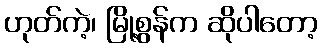
ဟုတ်ကဲ့၊ မြို့စွန်က ဆိုပါတော့